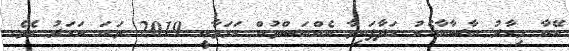
އޭނާ މިހާރު ބާސާއާއެކު ހަދާފައިވާ އެއްބަސްވުން ހަމަވާނީ 2019 ވަނަ އަހަރު އެވެ.